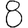
Digit: 8